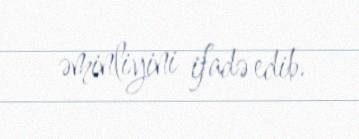
əminliyini ifadə edib.